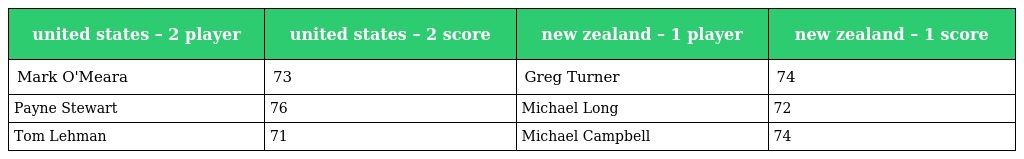
| united states – 2 player | united states – 2 score | new zealand – 1 player | new zealand – 1 score |
 | --- | --- | --- | --- |
 | Mark O'Meara | 73 | Greg Turner | 74 |
 | Payne Stewart | 76 | Michael Long | 72 |
 | Tom Lehman | 71 | Michael Campbell | 74 |